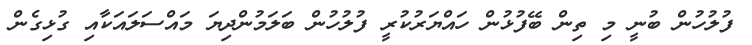
ފުލުހުން ބުނީ މި ތިން ބޭފުޅުން ހައްޔަރުކުރީ ފުލުހުން ބަލަމުންދިޔަ މައްސަލައަކާއި ގުޅިގެން